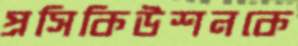
প্রসিকিউশনকে